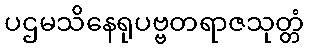
ပဌမသိနေရုပဗ္ဗတရာဇသုတ္တံ